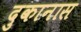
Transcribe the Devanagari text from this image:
दुकानास